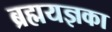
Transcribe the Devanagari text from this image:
ब्रह्मयज्ञका